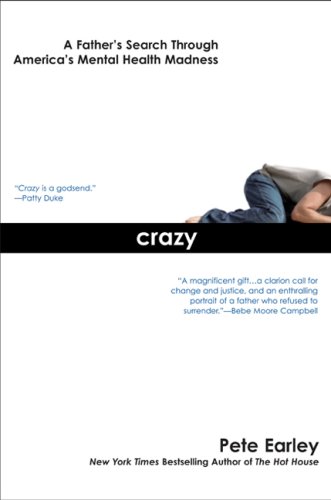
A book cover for Crazy: A Father's Search Through America's Mental Health Madness; Pete Earley; Parenting & Relationships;